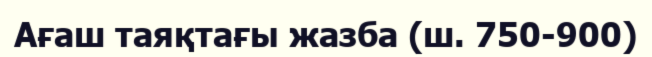
Ағаш таяқтағы жазба (ш. 750-900)